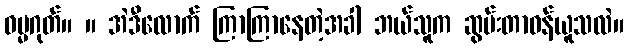
ဓမ္မဂုတ်။ ။ အဲဒီလောက် ကြာကြာနေတဲ့အခါ ဘယ်သူက ဆွမ်းတာဝန်ယူသလဲ။